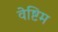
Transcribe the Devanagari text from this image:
वेष्टिम